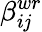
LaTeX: \beta_{i\mathit{j}}^{wr}